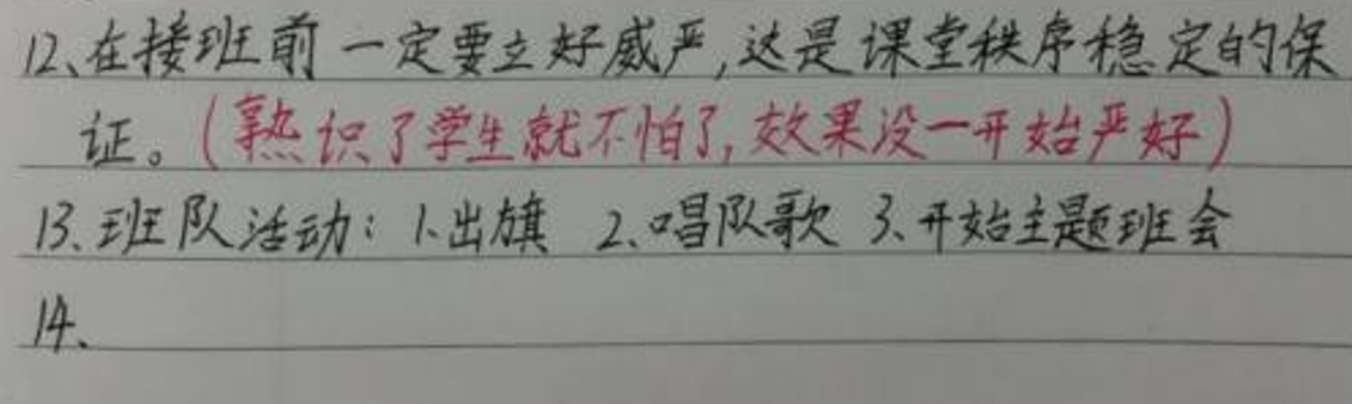
12、在接班前一定要立好威严,这是课堂秩序稳定的保证。(熟识了学生就不怕了,效果没一开始严好)
13、班队活动：1.出旗 2.唱队歌 3.开始主题班会
14、